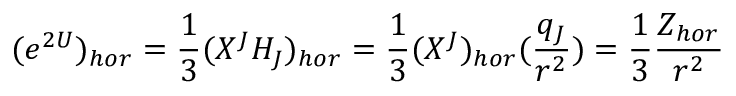
( e ^ { 2 U } ) _ { h o r } = { \frac { 1 } { 3 } } ( X ^ { J } H _ { J } ) _ { h o r } = { \frac { 1 } { 3 } } ( X ^ { J } ) _ { h o r } ( { \frac { q _ { J } } { r ^ { 2 } } } ) = { \frac { 1 } { 3 } } { \frac { Z _ { h o r } } { r ^ { 2 } } }